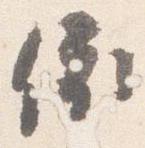
依